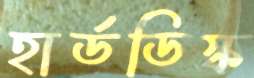
হার্ডডিস্ক